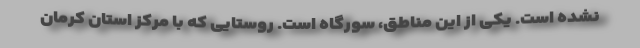
نشده است. یکی از این مناطق، سورگاه است. روستایی که با مرکز استان کرمان